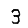
Digit: 3